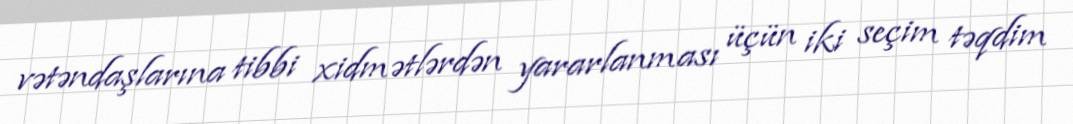
vətəndaşlarına tibbi xidmətlərdən yararlanması üçün iki seçim təqdim